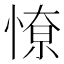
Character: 𭝷